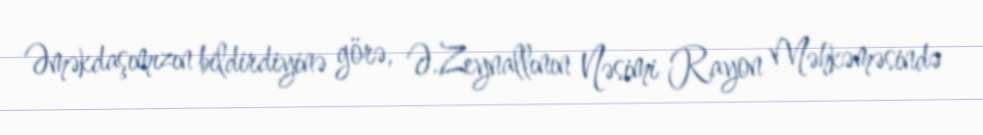
Əməkdaşımızın bildirdiyinə görə, Ə.Zeynallının Nəsimi Rayon Məhkəməsində